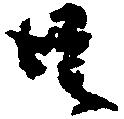
共